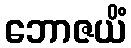
ဘောဇယိံ